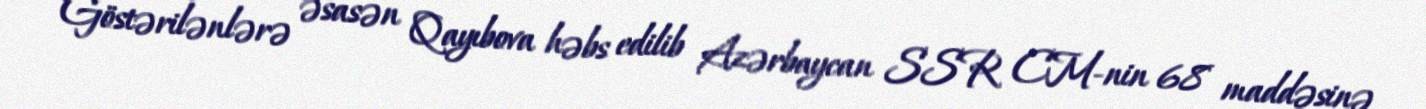
Göstərilənlərə əsasən Qayıbova həbs edilib Azərbaycan SSR CM-nin 68 maddəsinə